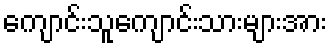
ကျောင်းသူကျောင်းသားများအား